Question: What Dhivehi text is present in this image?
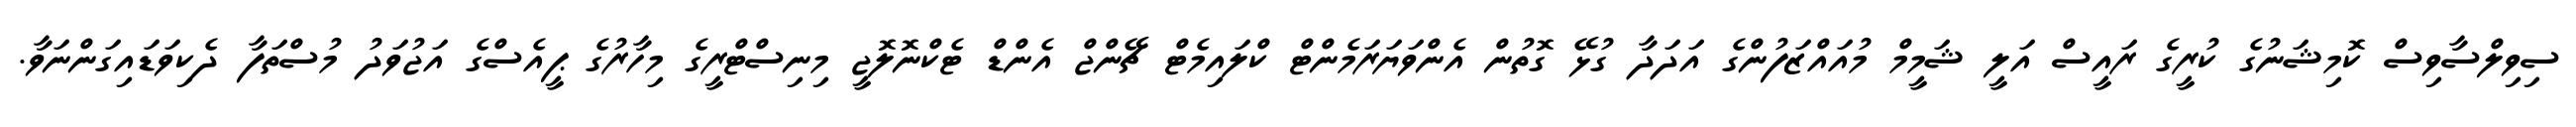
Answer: ސިވިލްސާވިސް ކޮމިޝަނުގެ ކުރީގެ ރައީސް އަލީ ޝަމީމް މުއައްޒަފުންގެ އަދަދާ ގުޅޭ ގޮތުން އެންވަޔަރަމެންޓް ކްލައިމެޓް ޗޭންޖް އެންޑް ޓެކްނޮލޮޖީ މިނިސްޓްރީގެ މިހާރުގެ ޕީއެސްގެ އަޖުވަދު މުސްތަފާ ދެކިވަޑައިގަންނަވާ.